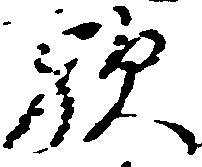
歟